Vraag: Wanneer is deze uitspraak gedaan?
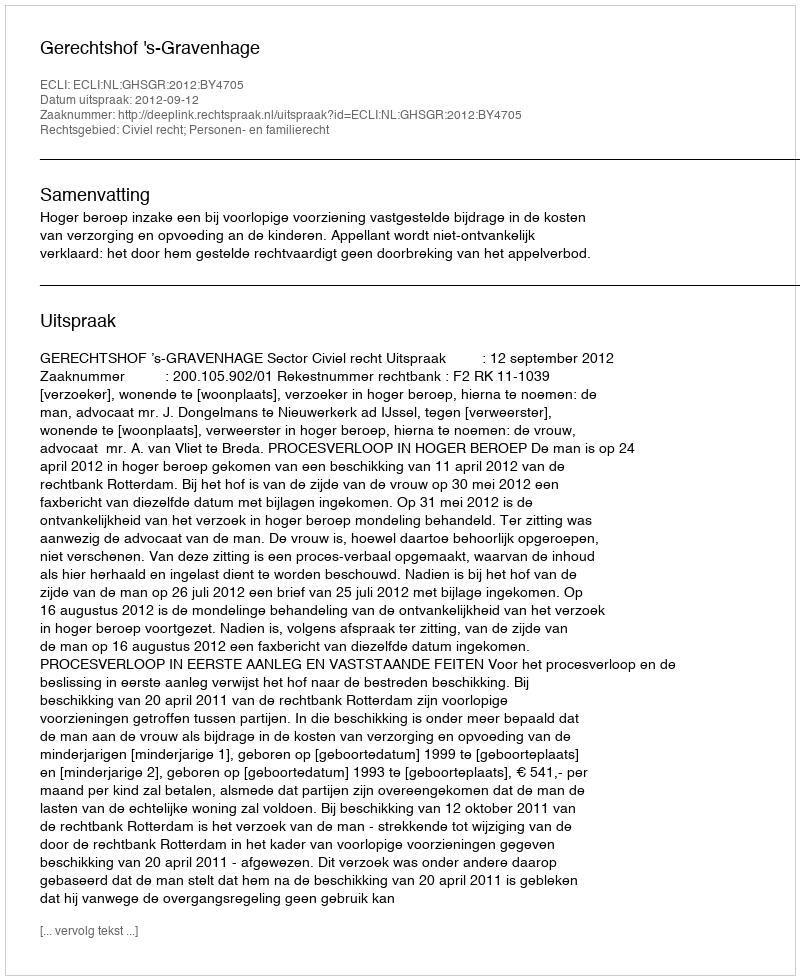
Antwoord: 2012-09-12